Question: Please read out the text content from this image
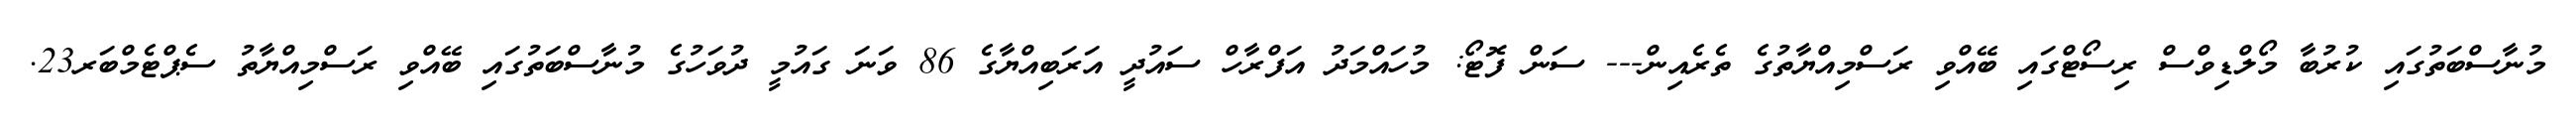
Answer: މުނާސްބަތުގައި ކުރުބާ މޯލްޑިވްސް ރިސޯޓްގައި ބޭއްވި ރަސްމިއްޔާތުގެ ތެރެއިން--- ސަން ފޮޓޯ: މުހައްމަދު އަފްރާހް ސައުދީ އަރަބިއްޔާގެ 86 ވަނަ ގައުމީ ދުވަހުގެ މުނާސްބަތުގައި ބޭއްވި ރަސްމިއްޔާތު ސެޕްޓެމްބަރ23.